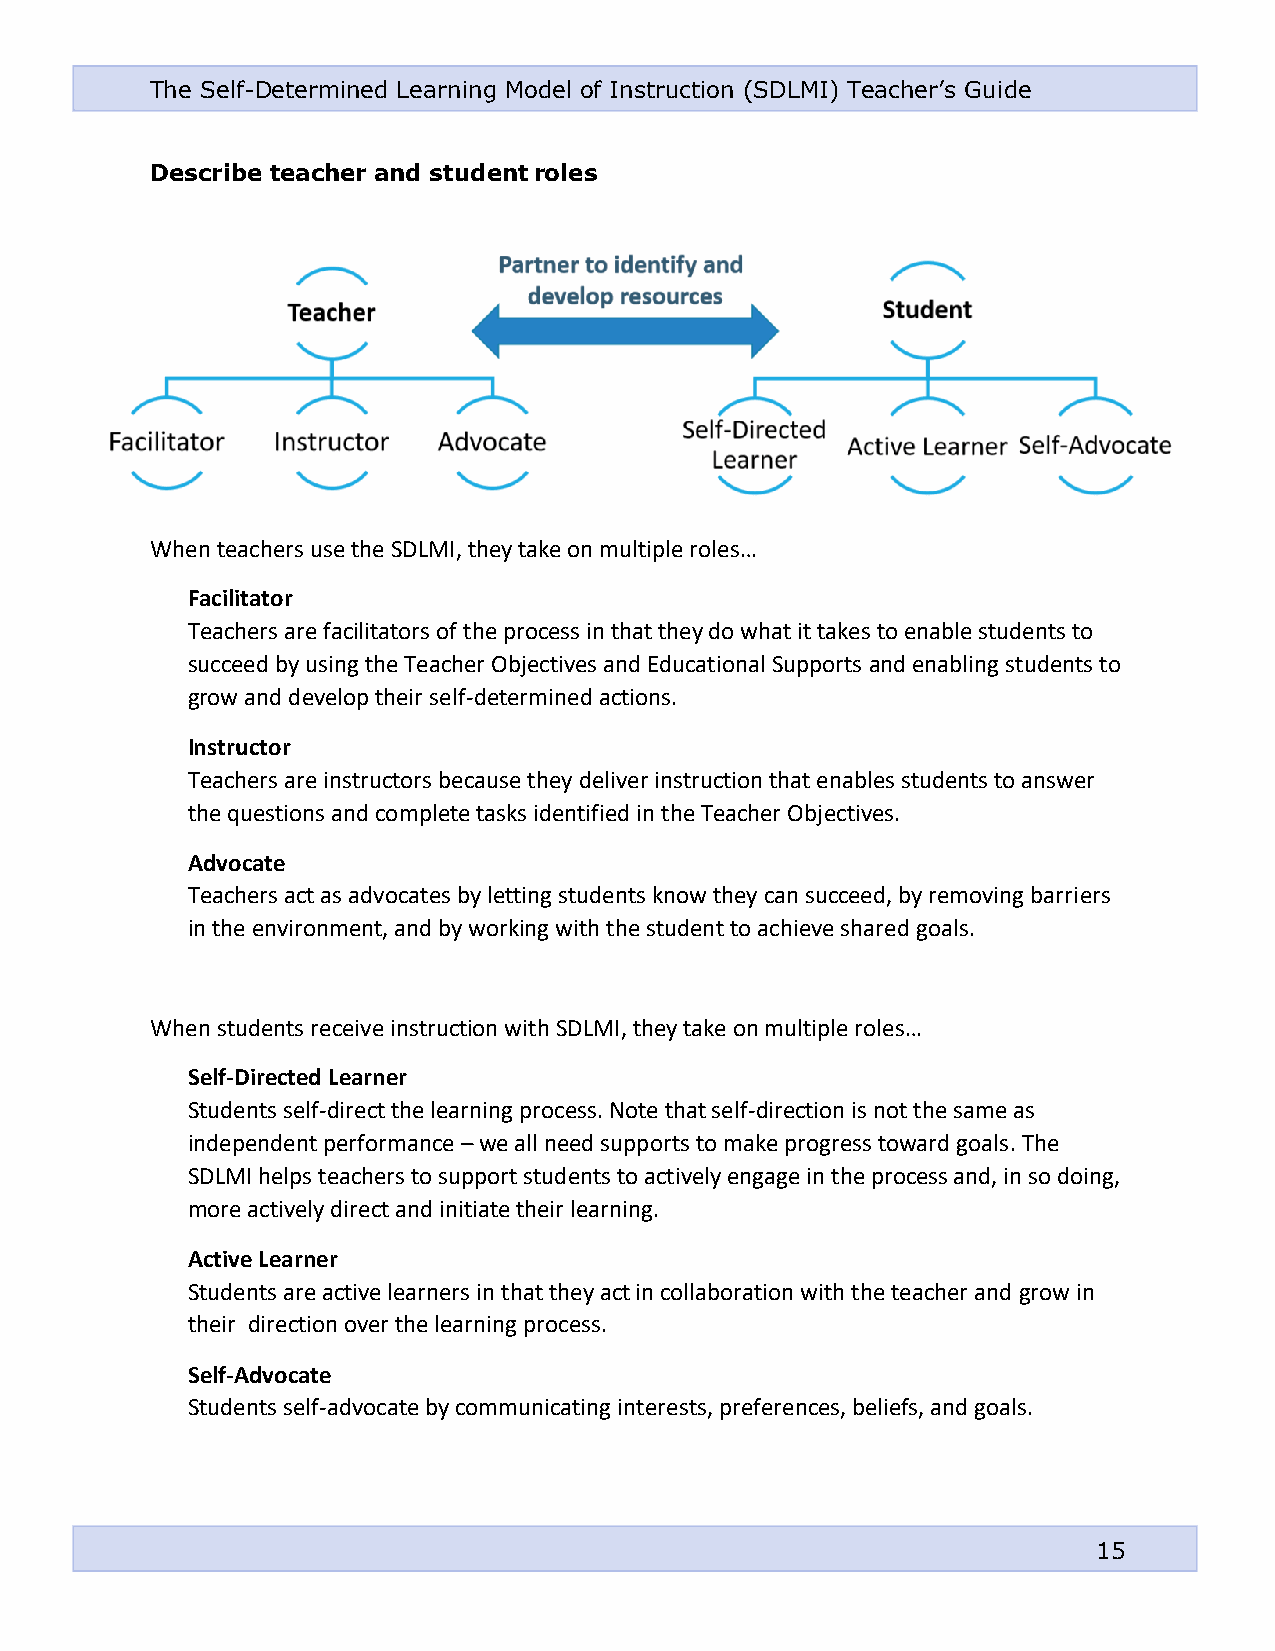
The Self-Determined Learning Model of Instruction (SDLMI) Teacher’s Guide
 Describe teacher and student roles
 When teachers use the SDLMI, they take on multiple roles…
 Facilitator
 Teachers are facilitators of the process in that they do what it takes to enable students to
 succeed by using the Teacher Objectives and Educational Supports and enabling students to
 grow and develop their self-determined actions.
 Instructor
 Teachers are instructors because they deliver instruction that enables students to answer
 the questions and complete tasks identified in the Teacher Objectives.
 Advocate
 Teachers act as advocates by letting students know they can succeed, by removing barriers
 in the environment, and by working with the student to achieve shared goals.
 When students receive instruction with SDLMI, they take on multiple roles…
 Self-Directed Learner
 Students self-direct the learning process. Note that self-direction is not the same as
 independent performance – we all need supports to make progress toward goals. The
 SDLMI helps teachers to support students to actively engage in the process and, in so doing,
 more actively direct and initiate their learning.
 Active Learner
 Students are active learners in that they act in collaboration with the teacher and grow in
 their direction over the learning process.
 Self-Advocate
 Students self-advocate by communicating interests, preferences, beliefs, and goals.
 15